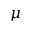
\mu